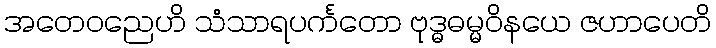
အတေဝညေဟိ သံသာရပင်္ကတော ဗုဒ္ဓဓမ္မဝိနယေ ဇဟာပေတိ